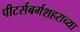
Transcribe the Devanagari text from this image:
पीटर्सबर्गशहराच्या